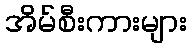
အိမ်စီးကားများ